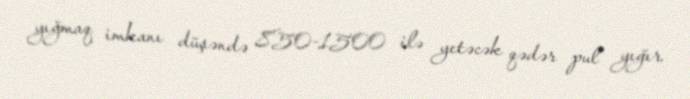
yığmaq imkanı düşəndə 850-1500 ilə yetəcək qədər pul yığır.